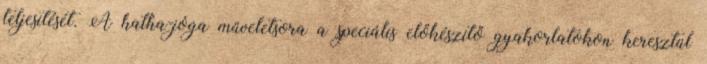
teljesítését. A hatha-jóga műveletsora a speciális előkészítő gyakorlatokon keresztül